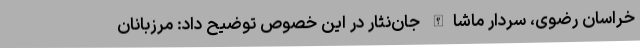
خراسان رضوی، سردار ماشاالله جان‌نثار در این خصوص توضیح داد: مرزبانان